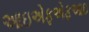
આઇએફએફઆઇ